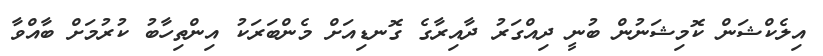
އިލެކްޝަން ކޮމިޝަނުން ބުނީ ދިއްގަރު ދާއިރާގެ ގޮނޑިއަށް މެންބަރަކު އިންތިހާބު ކުރުމަށް ބާއްވާ